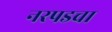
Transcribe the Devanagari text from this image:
नरपडचा